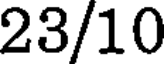
23/10